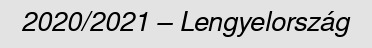
2020/2021 – Lengyelország